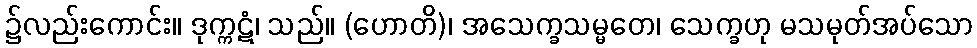
၌လည်းကောင်း။ ဒုက္ကဋံ၊ သည်။ (ဟောတိ)၊ အသေက္ခသမ္မတေ၊ သေက္ခဟု မသမုတ်အပ်သော